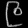
Digit: ၉